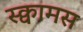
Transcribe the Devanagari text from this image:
स्क्वामस